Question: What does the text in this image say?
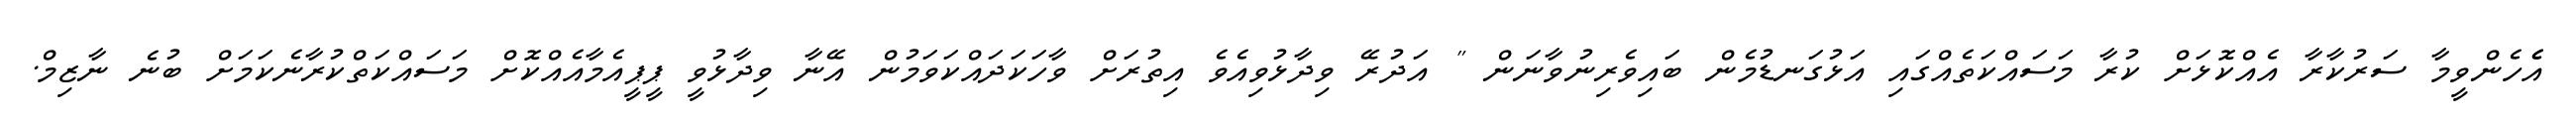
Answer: އެެހެންވީމާ ސަރުކާރާ އެއްކޮޅަށް ކުރާ މަސައްކަތެއްގައި އަޅުގަނޑުމެން ބައިވެރިނުވާނަން " އަދުރޭ ވިދާޅުވިއެވެ އިތުރަށް ވާހަކަދައްކަވަމުން އޭނާ ވިދާޅުވީ ޕީޕީއެމާއެއްކޮށް މަސައްކަތްކުރާނެކަމަށް ބުނެ ނާޒިމް.